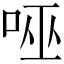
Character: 𭇹